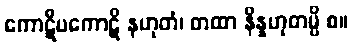
ကောဋိပကောဋိ နဟုတံ၊ တထာ နိန္နဟုတမ္ပိ စ။